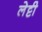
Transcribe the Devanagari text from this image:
लेट्टी